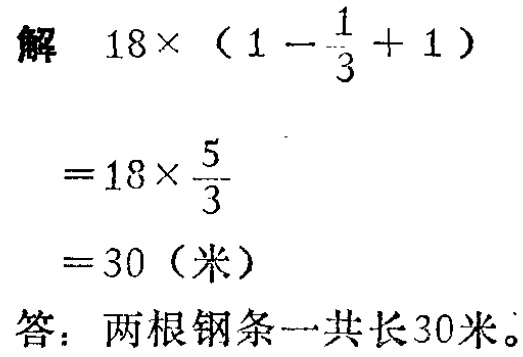
解 \(18\times(1 - \frac{1}{3}+1)\)

\(=18\times\frac{5}{3}\)

\(= 30\)（米）

答：两根钢条一共长30米。